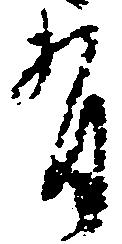
有